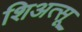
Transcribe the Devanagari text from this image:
शिअत्सू